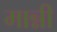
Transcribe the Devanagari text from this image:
मान्नी